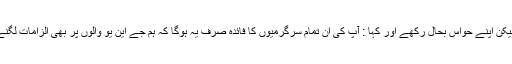
تقریر ختم ہوئی تو اچھے اچھے اسکالر مقرر کےاشتعال کے شکار تھے ، ہم نے لیکن اپنے حواس بحال رکھے اور کہا : آپ کی ان تمام سرگرمیوں کا فائدہ صرف یہ ہوگا کہ ہم جے این یو والوں پر بھی الزامات لگنے شروع ہوجائیں گے ، اچھا کریئر چھن جائے گا اور آپ کچھ نہيں کرسکیں گے ۔